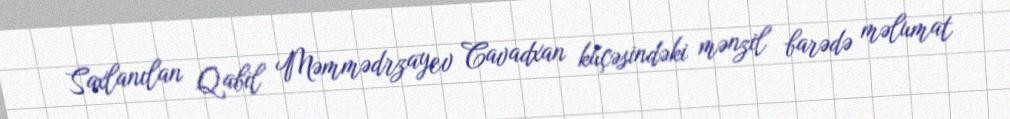
Saxlanılan Qabil Məmmədrzayev Cavadxan küçəsindəki mənzil barədə məlumat